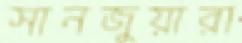
সানজুয়ারা